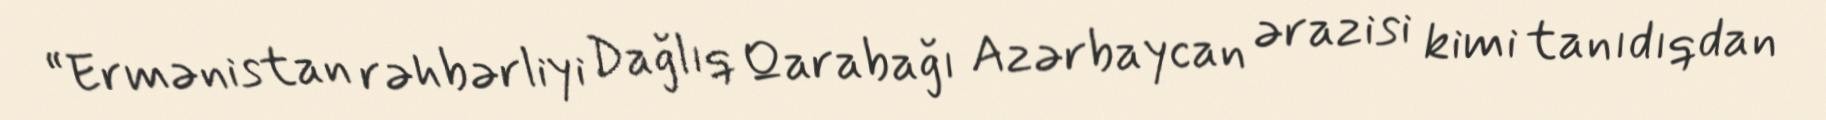
“Ermənistan rəhbərliyi Dağlıq Qarabağı Azərbaycan ərazisi kimi tanıdıqdan